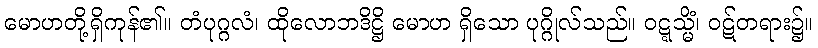
မောဟတို့ရှိကုန်၏။ တံပုဂ္ဂလံ၊ ထိုလောဘဒိဋ္ဌိ မောဟ ရှိသော ပုဂ္ဂိုလ်သည်။ ဝဋ္ဋသ္မိံ၊ ဝဋ်တရား၌။